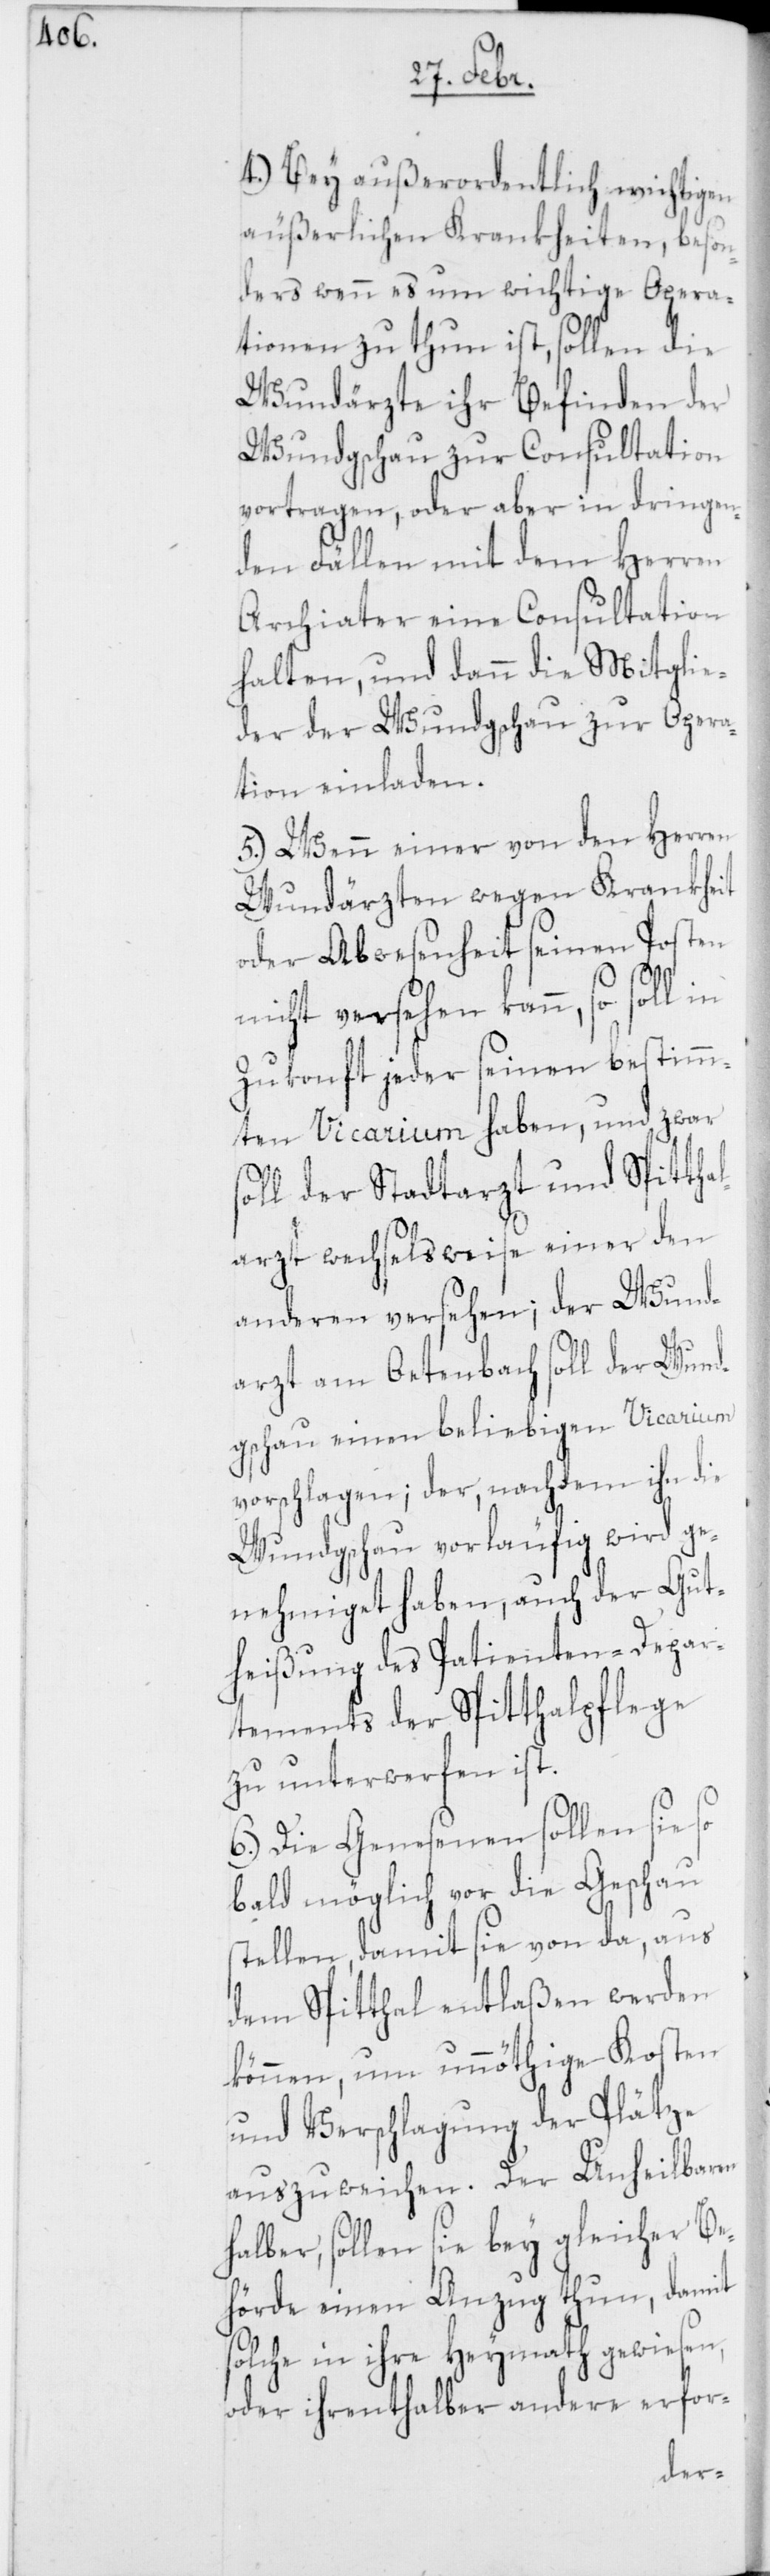
4.) Bey außerordentlich wichtigen
äußerlichen Krankheiten, beson¬
ders wenn es um wichtige Opera¬
tionen zu thun ist, sollen die
Wundärzte ihr Befinden der
Wundgschau zur Consultation
vortragen, oder aber in dringen¬
den Fällen mit dem Herren
Archiater eine Consultation
halten, und dann die Mitglie¬
der der Wundgschau zur Opera¬
tion einladen.
5.) Wenn einer von den Herren
Wundärzten wegen Krankheit
oder Abwesenheit seinen Posten
nicht versehen kann, so soll in
Zukonft jeder seinen bestimm¬
ten Vicarium haben, und zwar
soll der Stadtarzt und Spittha¬
larzt wechselsweise einer den
anderen versehen; der Wund¬
arzt am Oetenbach soll der Wund¬
gschau einen beliebigen Vicarium
vorschlagen; der, nachdem ihn die
Wundgschau vorläufig wird ge¬
nehmiget haben, auch der Gut¬
heißung des Patienten-Depar¬
tements der Spitthalpflege
zu unterwerfen ist.
6.) Die Genesenen sollen sie so
bald möglich vor die Gschau
stellen, damit sie von da, aus
dem Spitthal entlaßen werden
können, um unnöthige Kosten
und Verschlagung der Plätze
auszuweichen. Der Unheilbaren
halber, sollen sie bey gleicher Be¬
hörde einen Anzug thun, damit
solche in ihre Heymath gewiesen,
oder ihrenthalber andere erfor¬
der-